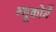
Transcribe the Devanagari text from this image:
न्यूकोमें